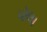
પૉલા